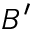
B ^ { \prime }